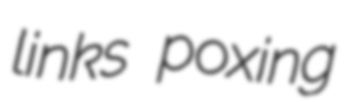
links poxing